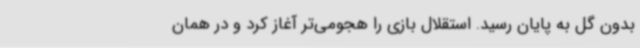
بدون گل به پایان رسید. استقلال بازی را هجومی‌تر آغاز کرد و در همان